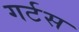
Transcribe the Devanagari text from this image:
गर्टस